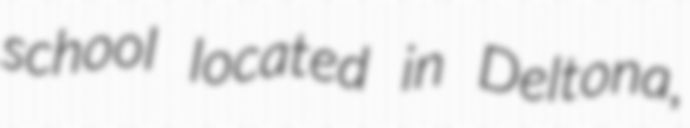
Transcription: school located in Deltona,